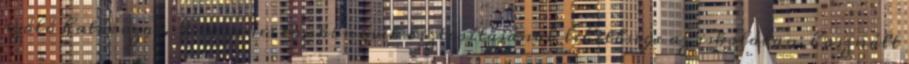
szóló határozat. Ingyenes tankönyvek biztosításának lehetősége az iskolában: használt